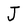
Character: J